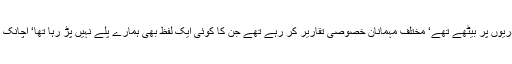
ایک دن سکول میں کوئی فنکشن تھا‘ ہم سب بچے دریوں پر بیٹھے تھے‘ مختلف مہمانان خصوصی تقاریر کر رہے تھے جن کا کوئی ایک لفظ بھی ہمارے پلے نہیں پڑ رہا تھا‘ اچانک ایک صاحب تقریر کرتے ہوئے بولے’’پیارے بچو!